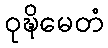
ဝုဍ္ဎိမေတံ